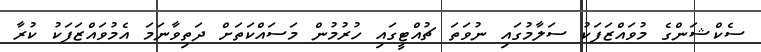
ސެކްޝަންގެ މުވައްޒަފަކު ސަލާމުގައި ނުވަތަ ޗުއްޓީގައި ހުރުމުން މަސައްކަތަށް ދަތިވާނަމަ އެމުވައްޒަފަކު ކުރާ